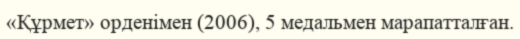
«Құрмет» орденімен (2006), 5 медальмен марапатталған.